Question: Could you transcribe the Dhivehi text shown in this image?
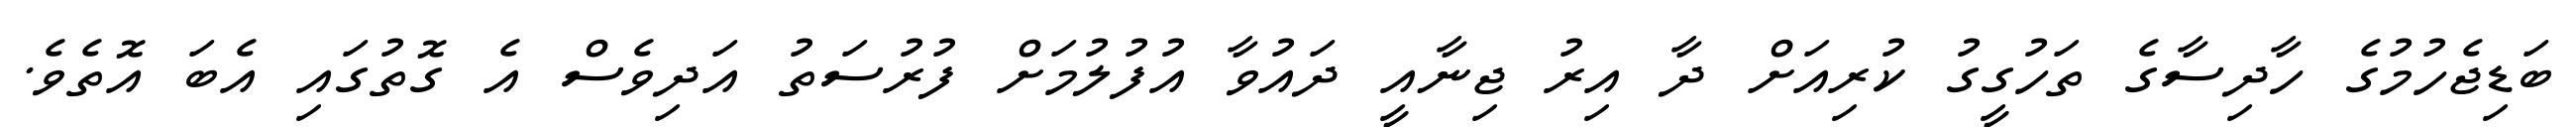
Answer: ބަޑިޖެހުމުގެ ހާދިސާގެ ތަހުގީގު ކުރިއަށް ދާ އިރު ޖިނާއީ ދައުވާ އުފުލުމަށް ފުރުސަތު އަދިވެސް އެ ގޮތުގައި އެބަ އޮތެވެ.